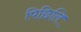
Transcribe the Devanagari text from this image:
पिछिलि